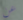
عن